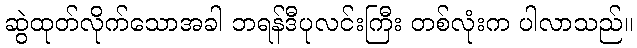
ဆွဲထုတ်လိုက်သောအခါ ဘရန်ဒီပုလင်းကြီး တစ်လုံးက ပါလာသည်။